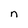
Character: n